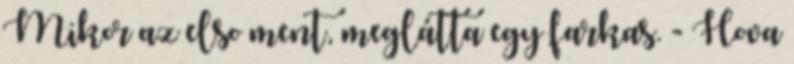
Mikor az elso ment, meglátta egy farkas. - Hova